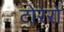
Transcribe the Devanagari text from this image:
टोरेरो